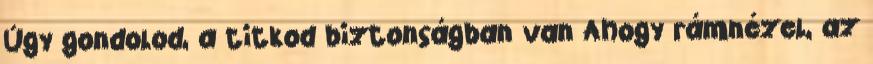
Úgy gondolod, a titkod biztonságban van Ahogy rámnézel, az